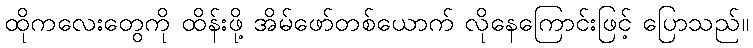
ထိုကလေးတွေကို ထိန်းဖို့ အိမ်ဖော်တစ်ယောက် လိုနေကြောင်းဖြင့် ပြောသည်။